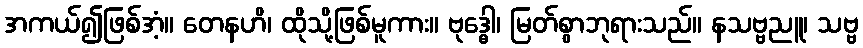
အကယ်၍ဖြစ်အံ့။ တေနဟိ၊ ထိုသို့ဖြစ်မူကား။ ဗုဒ္ဓေါ၊ မြတ်စွာဘုရားသည်။ နသဗ္ဗညူ၊ သဗ္ဗ